Annual report on the Civil Veterinary Department, Burma (including the Insein Veterinary School) - 1923-1931
Year: 1923
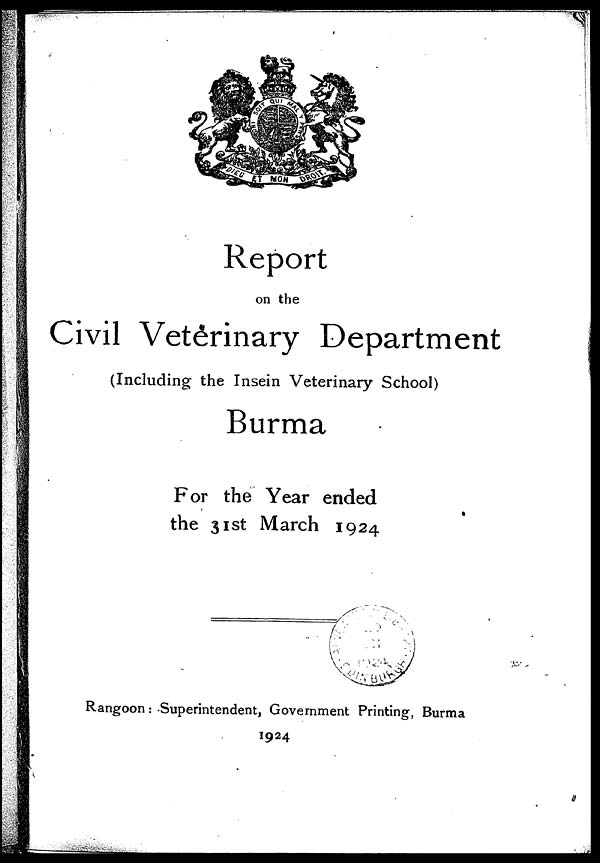
Report
on the
Civil Veterinary Department
(Including the Insein Veterinary School)
Burma
For the Year ended
the 31st March 1924
Rangoon : Superintendent, Government Printing, Burma
1924